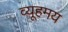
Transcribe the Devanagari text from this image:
व्यूहमय